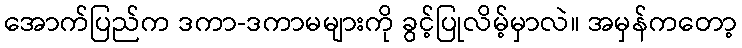
အောက်ပြည်က ဒကာ-ဒကာမများကို ခွင့်ပြုလိမ့်မှာလဲ။ အမှန်ကတော့